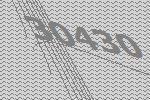
30430